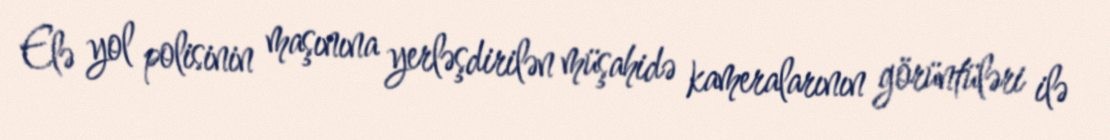
Elə yol polisinin maşınına yerləşdirilən müşahidə kameralarının görüntüləri ilə